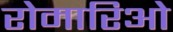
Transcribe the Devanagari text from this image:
रोमारिओ